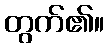
တွက်၏။